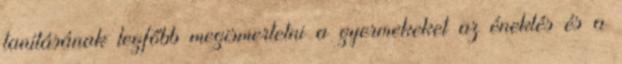
tanításának legfőbb megismertetni a gyermekeket az éneklés és a